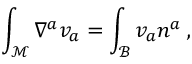
\int _ { \mathcal M } \nabla ^ { a } v _ { a } = \int _ { \mathcal B } v _ { a } n ^ { a } \, ,